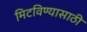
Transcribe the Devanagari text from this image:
मिटविण्यासाठी